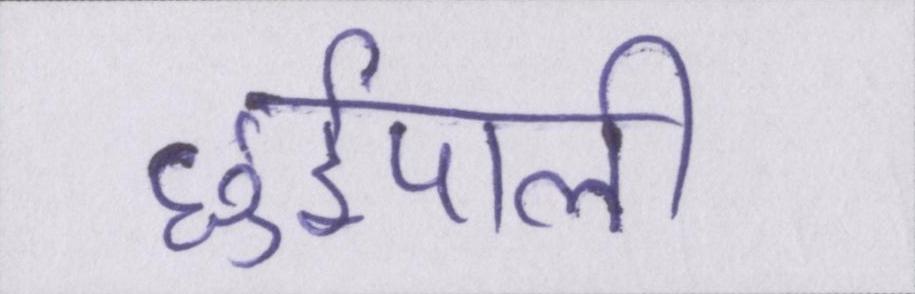
छुईपाली